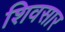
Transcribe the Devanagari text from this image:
शिवसार